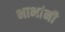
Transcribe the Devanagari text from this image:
भाभांनी